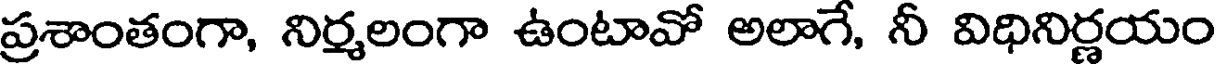
ప్రశాంతంగా, నిర్మలంగా ఉంటావో అలాగే, నీ విధినిర్ణయం